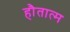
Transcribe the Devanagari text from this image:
हौतात्म